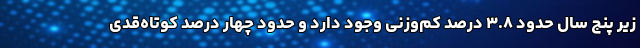
زیر پنج سال حدود ۳.۸ درصد کم‌وزنی وجود دارد و حدود چهار درصد کوتاه‌قدی